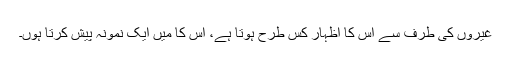
غیروں کی طرف سے اس کا اظہار کس طرح ہوتا ہے، اس کا مَیں ایک نمونہ پیش کرتا ہوں۔